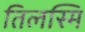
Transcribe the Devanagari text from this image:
तिलस्मि